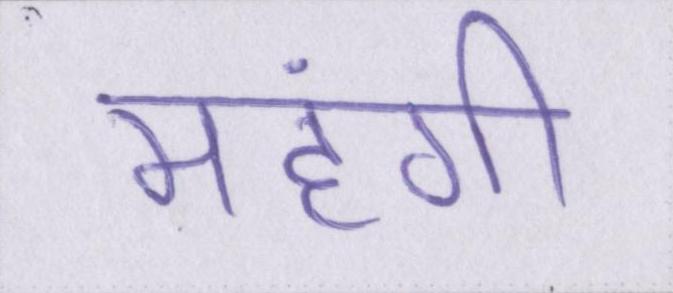
महंगी